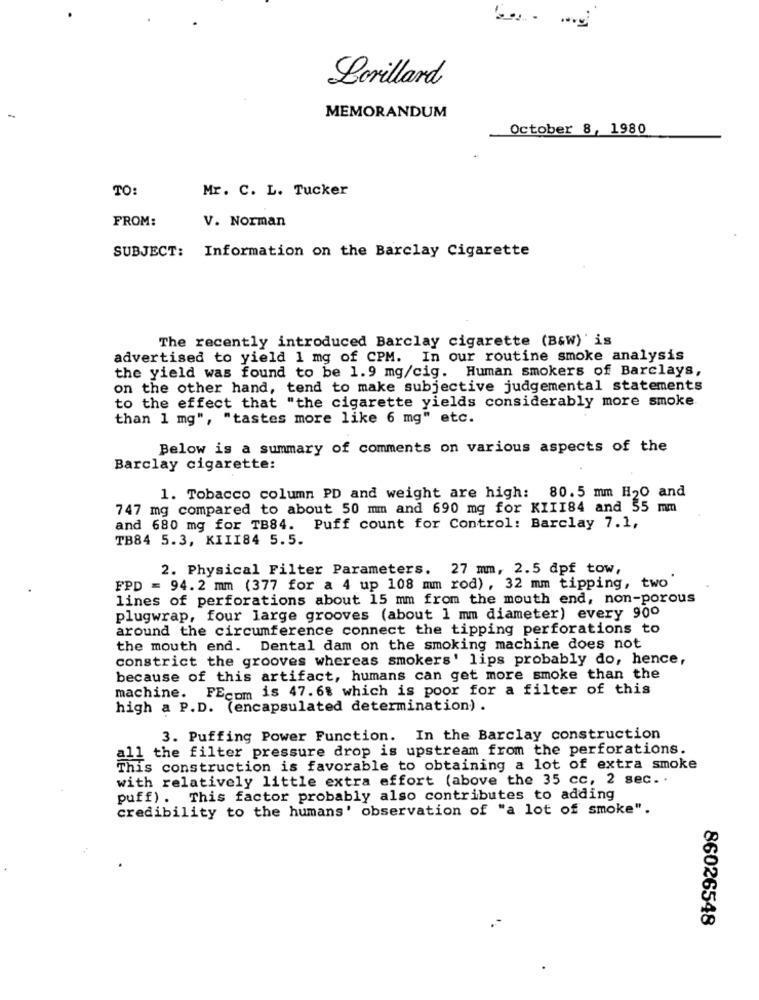
Lorillard
MEMORANDUM
October 8, 1980
TO:
Mr. C. L. Tucker
FROM:
V. Norman
SUBJECT: Information on the Barclay Cigarette
The recently introduced Barclay cigarette (B&W)' is
advertised to yield 1 mg of CPM. In our routine smoke analysis
the yield was found to be 1.9 mg/cig. Human smokers of Barclays,
on the other hand, tend to make subjective judgemental statements
to the effect that "the cigarette yields considerably more smoke
than 1 mg", "tastes more like 6 mg" etc.
Below is a summary of comments on various aspects of the
Barclay cigarette:
1. Tobacco column PD and weight are high: 80.5 mm H20 and
747 mg compared to about 50 mm and 690 mg for KIII84 and 55 mm
and 680 mg for TB84. Puff count for Control: Barclay 7.1,
TB84 5.3, KIII84 5.5.
2. Physical Filter Parameters. 27 mm, 2.5 dpf tow,
FPD = 94.2 mm (377 for a 4 up 108 mm rod) , 32 mm tipping, two
lines of perforations about 15 mm from the mouth end, non-porous
plugwrap, four large grooves (about 1 mm diameter) every 900
around the circumference connect the tipping perforations to
the mouth end. Dental dam on the smoking machine does not
constrict the grooves whereas smokers' lips probably do, hence,
because of this artifact, humans can get more smoke than the
machine. FEcom is 47.6% which is poor for a filter of this
high a P.D. (encapsulated determination) .
3. Puffing Power Function. In the Barclay construction
all the filter pressure drop is upstream from the perforations.
This construction is favorable to obtaining a lot of extra smoke
with relatively little extra effort (above the 35 cc, 2 sec ..
puff). This factor probably also contributes to adding
credibility to the humans' observation of "a lot of smoke".
86026548